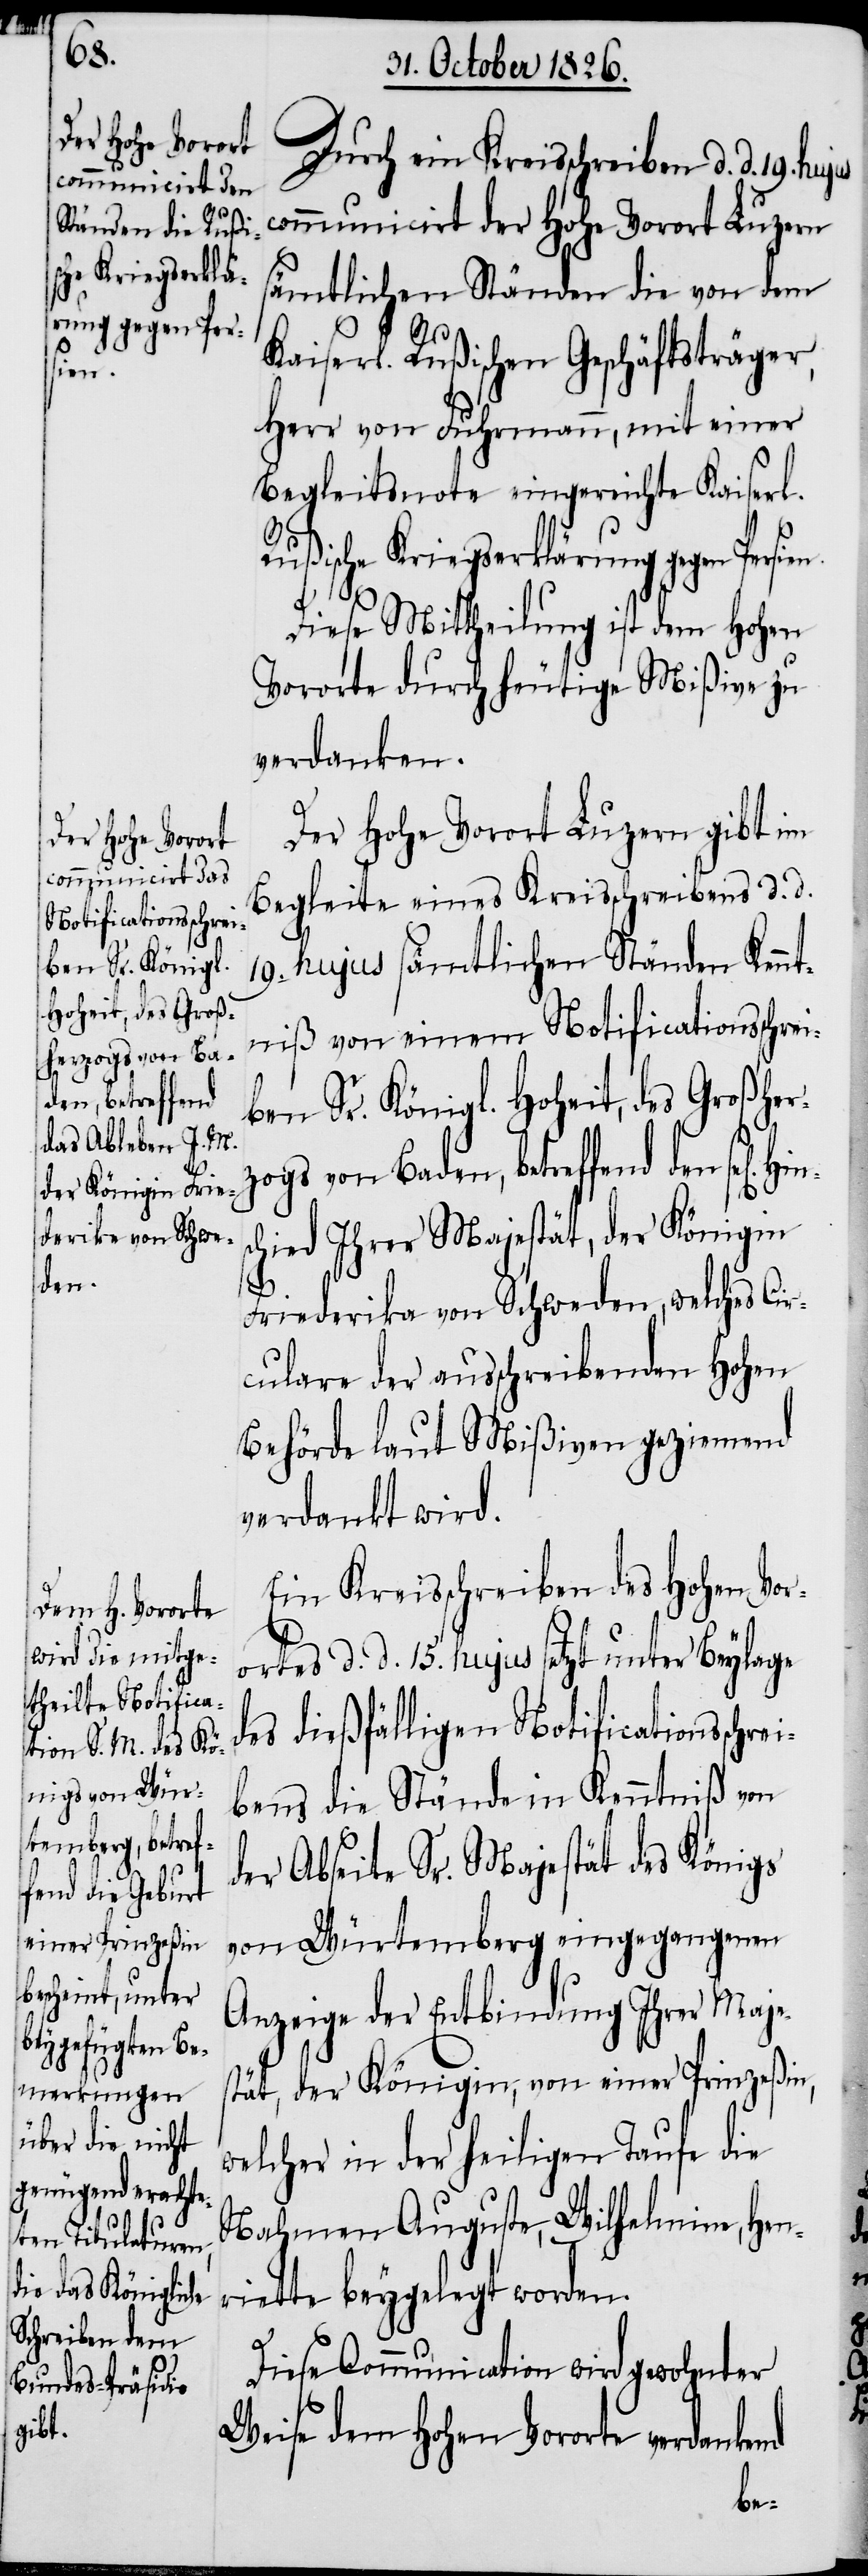
ben Sr. Königl.
Hoheit, des Groß¬
herzogs von Ba¬
den, betreffend
den
Hins¬

Durch ein Kreisschreiben d. d. 19.
communicirt der hohe Vorort Luzern
sämtlichen Ständen die von dem
Kaiserl. Rußischen Geschäftsträger,
Herr von Fuhrmann, mit einer
Begleitsnote eingereichte Kaiserl.
Rußische Kriegserklärung gegen
Diese Mittheilung ist dem hohen
Vororte durch heutige Mißive zu
verdanken.
Der hohe Vorort Luzern gibt im
Begleite eines Kreisschreibens d. d.
19. hujus sämtlichen Ständen Kennt¬
niß von einem Notificationsschrei¬
chied Ihrer Majestät, der Königin
Friederika von Schweden, welches Cir¬
culare der ausschreibenden hohen
Behörde laut Mißiven geziemend
verdankt wird.
Ein Kreisschreiben des hohen Vor¬
ortes d. d. 15. hujus setzt unter Beylage
des dießfälligen Notificationsschre¬
ibens die Stände in Kenntniß von
der Abseite Sr. Majestät des Königs
von Würtemberg eingegangenen
Anzeige der Entbindung Ihrer Maje¬
stät, der Königin, von einer Prinzeßin,
welcher in der heiligen Taufe die
Nahmen Augusta, Wilhelmine, Hen¬
riette beygelegt worden.
Diese Communication wird gewohnter
Weise dem hohen Vororte verdankend